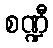
စဏ္ဍီ